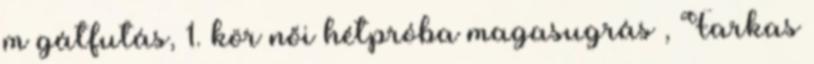
m gátfutás, 1. kör női hétpróba magasugrás , Farkas